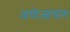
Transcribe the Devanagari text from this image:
अधोजायांग